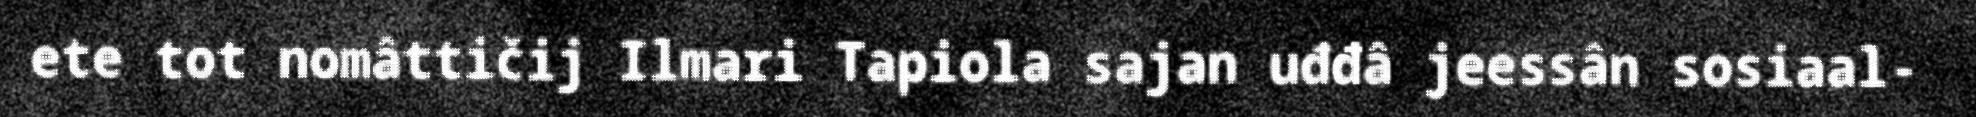
ete tot nomâttičij Ilmari Tapiola sajan uđđâ jeessân sosiaal-